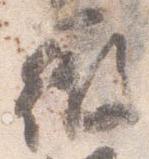
微